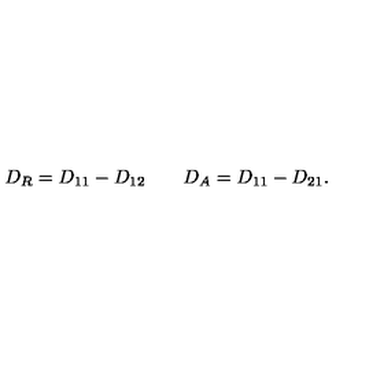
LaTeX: D _ { R } = D _ { 1 1 } - D _ { 1 2 } \qquad D _ { A } = D _ { 1 1 } - D _ { 2 1 } .